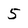
Character: 5